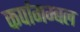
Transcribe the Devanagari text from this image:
कर्पागम्बल